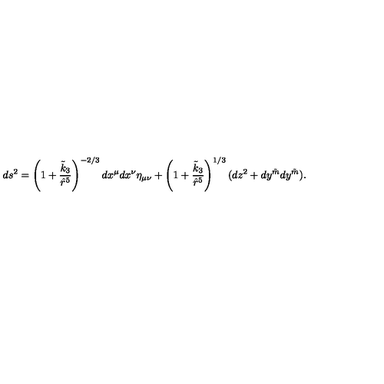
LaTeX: d s ^ { 2 } = \left( 1 + \frac { \tilde { k } _ { 3 } } { \hat { r } ^ { 5 } } \right) ^ { - 2 / 3 } d x ^ { \mu } d x ^ { \nu } \eta _ { \mu \nu } + \left( 1 + \frac { \tilde { k } _ { 3 } } { \hat { r } ^ { 5 } } \right) ^ { 1 / 3 } ( d z ^ { 2 } + d y ^ { \tilde { m } } d y ^ { \tilde { m } } ) .